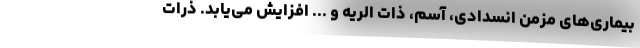
بیماری‌های مزمن انسدادی، آسم، ذات الریه و ... افزایش می‌یابد. ذرات